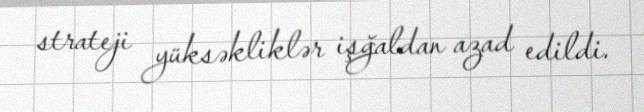
strateji yüksəkliklər işğaldan azad edildi.